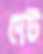
দেট